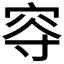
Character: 𡨙